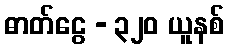
ဓာတ်ငွေ - ၃၂၀ ယူနစ်